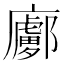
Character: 𢋽